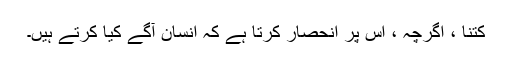
کتنا ، اگرچہ ، اس پر انحصار کرتا ہے کہ انسان آگے کیا کرتے ہیں۔